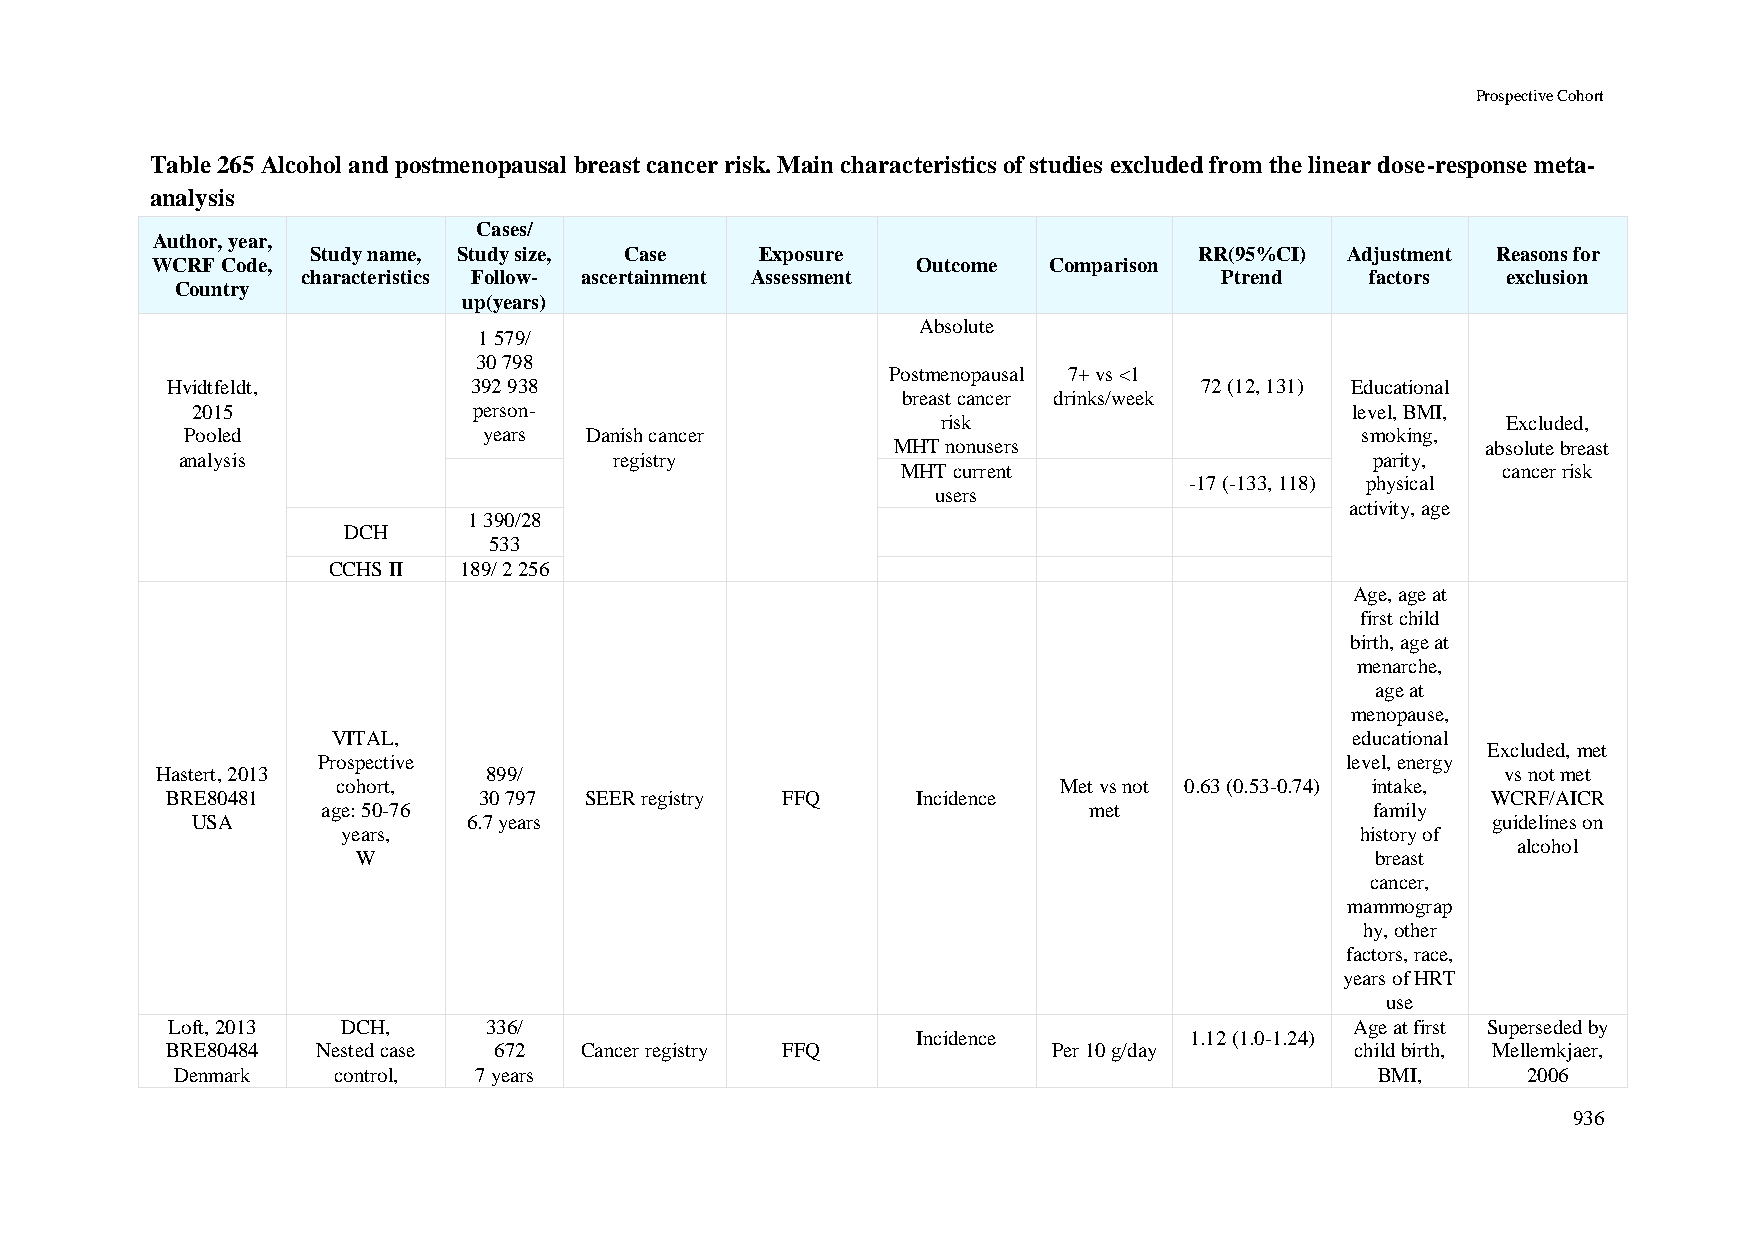
Prospective Cohort
 Table 265 Alcohol and postmenopausal breast cancer risk. Main characteristics of studies excluded from the linear dose-response meta-
 analysis
 Cases/
 Author, year,
 Study name, Study size, Case Exposure                     RR(95%CI) Adjustment Reasons for
 WCRF Code,                                         Outcome Comparison
 characteristics Follow- ascertainment Assessment             Ptrend    factors  exclusion
 Country
 up(years)
 Absolute
 1 579/
 30 798
 Postmenopausal 7+ vs <1
 Hvidtfeldt,         392 938                                         72 (12, 131) Educational
 breast cancer drinks/week
 2015              person-                                                    level, BMI,
 risk                                  Excluded,
 Pooled              years  Danish cancer                                      smoking,
 MHT nonusers                           absolute breast
 analysis                     registry                                          parity,
 MHT current                            cancer risk
 -17 (-133, 118) physical
 users
 activity, age
 1 390/28
 DCH
 533
 CCHS II 189/ 2 256
 Age, age at
 first child
 birth, age at
 menarche,
 age at
 menopause,
 VITAL,                                                              educational
 Excluded, met
 Prospective                                                         level, energy
 Hastert, 2013         899/                                                                vs not met
 cohort,                                         Met vs not 0.63 (0.53-0.74) intake,
 BRE80481             30 797 SEER registry FFQ     Incidence                             WCRF/AICR
 age: 50-76                                         met                family
 USA               6.7 years                                                           guidelines on
 years,                                                             history of
 alcohol
 W                                                                  breast
 cancer,
 mammograp
 hy, other
 factors, race,
 years of HRT
 use
 Loft, 2013  DCH,     336/                                                      Age at first Superseded by
 Incidence         1.12 (1.0-1.24)
 BRE80484  Nested case 672  Cancer registry FFQ             Per 10 g/day        child birth, Mellemkjaer,
 Denmark   control, 7 years                                                     BMI,      2006
 936